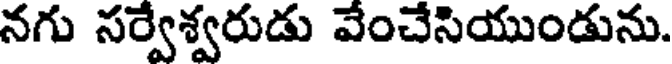
నగు సర్వేశ్వరుడు వేంచేసియుండును.